Report on lock hospitals in British Burma
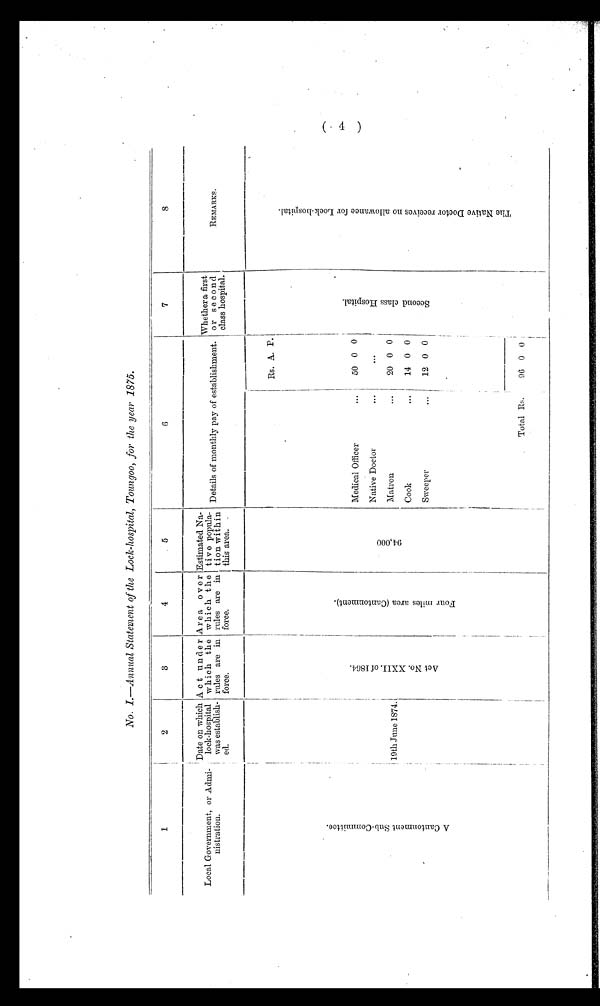
No. I.—Annual Statement of the Lock-hospital, Toungoo, for the year 1875.
1
2
3
4
5
6
7
8
Local Government, or Admi-
nistration.
Date on which
lock-hospital
was establish-
ed.
Act under
which the
rules are in
force.
Area over
w hich the
rules are in
force.
Estimated Na-
tive popula-
tion within
this area.
Details of monthly pay of establishment.
Whether a first
or second
class hospital.
REMARKS.
A C a n t o n m e n t S u b - C o m m i t t e e .
19th June 1874.
A c t N o . X X I I . o f 1 8 6 4 .
F o u r m i l e s a r e a ( C a n t o n m e n t . )
9 4 , 0 0 0
Medical Officer
...
Rs. A. P.
S e c o n d c l a s s H o s p i t a l .
T h e N a t i v e D o c t o r r e c e i v e s n o a l l o w a n c e f o r L o c k - h o s p i t a l .
50 0 0
Native Doctor
...
...
Matron
...
20 0 0
Cook
...
14 0 0
Sweeper
. . . 12 0 0
Total Rs.
96 0 0